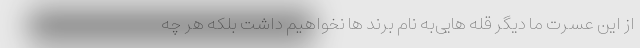
از این عسرت ما دیگر قله هایی‌به نام برند ها نخواهیم داشت بلکه هر چه